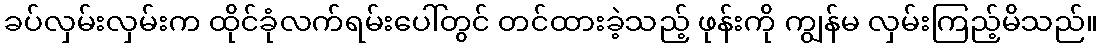
ခပ်လှမ်းလှမ်းက ထိုင်ခုံလက်ရမ်းပေါ်တွင် တင်ထားခဲ့သည့် ဖုန်းကို ကျွန်မ လှမ်းကြည့်မိသည်။